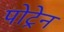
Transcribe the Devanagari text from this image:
पोट्रेन